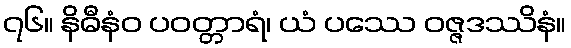
၇၆။ နိဓီနံဝ ပဝတ္တာရံ၊ ယံ ပဿေ ဝဇ္ဇဒဿိနံ။